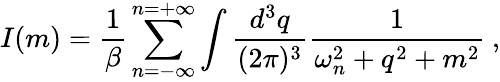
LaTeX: I(m)=\frac{1}{\beta}\sum_{n=-\infty}^{n=+\infty}\int\frac{d^{3}q}{(2\pi)^{3}}\frac{1}{\omega_{n}^{2}+q^{2}+m^{2}}\: ,